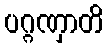
ပဂ္ဂဏှာတိ